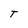
Character: t